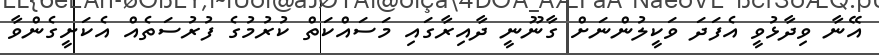
އޭނާ ވިދާޅުވީ އެފަދަ ވަކީލުންނަށް ގާނޫނީ ދާއިރާގައި މަސައްކަތް ކުރުމުގެ ފުރުސަތެއް އެކަށީގެންވާ